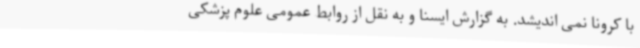
با کرونا نمی اندیشد. به گزارش ایسنا و به نقل از روابط عمومی علوم پزشکی